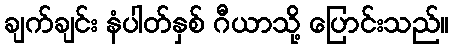
ချက်ချင်း နံပါတ်နှစ် ဂီယာသို့ ပြောင်းသည်။